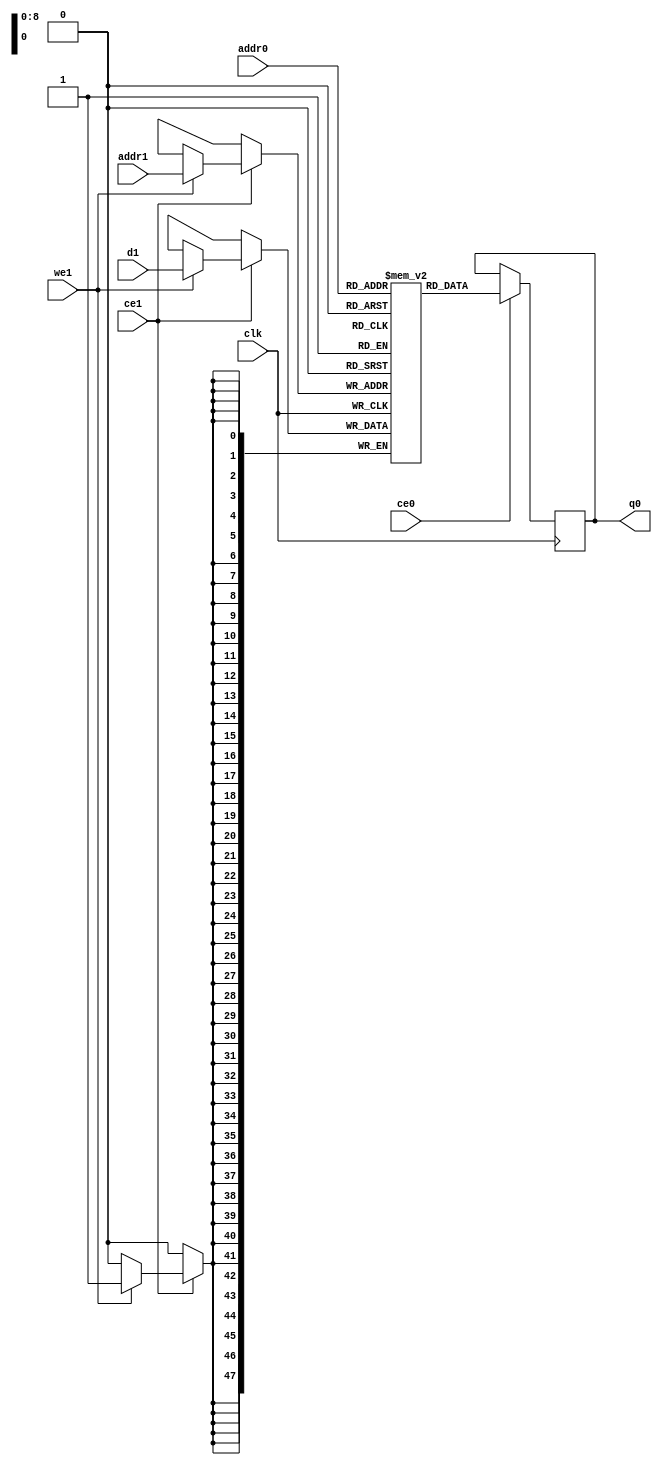
`define EXPONENT 5
`define MANTISSA 10
`define ACTUAL_MANTISSA 11
`define EXPONENT_LSB 10
`define EXPONENT_MSB 14
`define MANTISSA_LSB 0
`define MANTISSA_MSB 9
`define MANTISSA_MUL_SPLIT_LSB 3
`define MANTISSA_MUL_SPLIT_MSB 9
`define SIGN 1
`define SIGN_LOC 15
`define DWIDTH (`SIGN+`EXPONENT+`MANTISSA)
`define IEEE_COMPLIANCE 1

module td_fused_top_tdf10_adjustments_ram (addr0, ce0, q0, addr1, ce1, d1, we1,  clk);

parameter DWIDTH = 48;
parameter AWIDTH = 9;
parameter MEM_SIZE = 512;

input[AWIDTH-1:0] addr0;
input ce0;
output reg[DWIDTH-1:0] q0;
input[AWIDTH-1:0] addr1;
input ce1;
input[DWIDTH-1:0] d1;
input we1;
input clk;

 reg [DWIDTH-1:0] ram[MEM_SIZE-1:0];




always @(posedge clk)  
begin 
    if (ce0) begin
        q0 <= ram[addr0];
    end
end


always @(posedge clk)  
begin 
    if (ce1) begin
        if (we1) 
            ram[addr1] <= d1; 
    end
end


endmodule